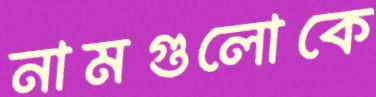
নামগুলোকে